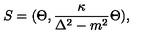
S = ( \Theta , { \frac { \kappa } { \Delta ^ { 2 } - m ^ { 2 } } } \Theta ) ,